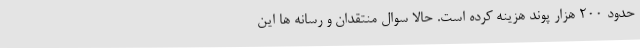
حدود 200 هزار پوند هزینه کرده است. حالا سوال منتقدان و رسانه ها این